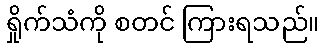
ရှိုက်သံကို စတင် ကြားရသည်။